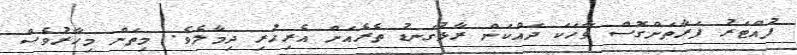
ފުއްޓަރު ފަރާތަށްގޮސް ވާހަކަ ދައްކަން ރާޅުގަނޑު ތެރެއަށް އެރިހުރި ދިމާލެވެ. މިތަން މިހާރުވެސް